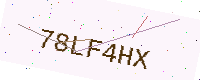
Text: 78LF4HX